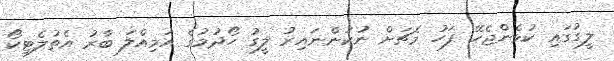
ލީގުގައި ކުޅެންޖެހޭ ފަހު މެޗަށް ނުކުންނައިރު ލީގު ހޯދުމުގެ އަމިއްލަ ބާރު އެތުލެޓިކޯ